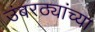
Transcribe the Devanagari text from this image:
उंबरठ्यांच्या